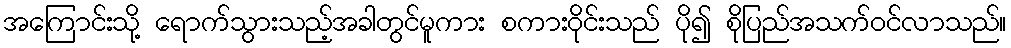
အကြောင်းသို့ ရောက်သွားသည့်အခါတွင်မူကား စကားဝိုင်းသည် ပို၍ စိုပြည်အသက်ဝင်လာသည်။